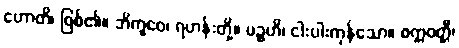
ဟောတိ၊ ဖြစ်၏။ ဘိက္ခဝေ၊ ရဟန်းတို့။ ပဉ္စဟိ၊ ငါးပါးကုန်သော။ စက္ကဝတ္တီ၊